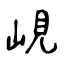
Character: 峴